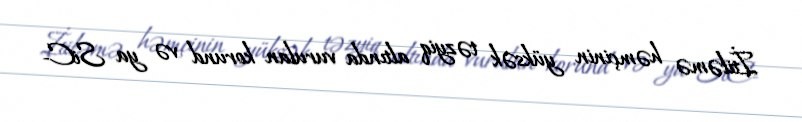
İtiləmə həmçinin yüksək təzyiq altında vurulan korund və ya SiC-